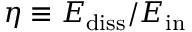
\eta \equiv E _ { \mathrm { d i s s } } / E _ { \mathrm { i n } }